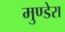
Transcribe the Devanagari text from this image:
मुण्डेरा